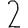
Digit: 2